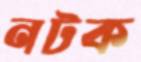
নটক